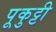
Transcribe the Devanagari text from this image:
पूकुट्टी